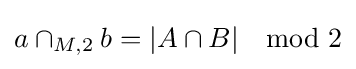
a\cap _{M,2}b=|A\cap B|\mod 2